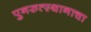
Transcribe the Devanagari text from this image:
पुनरुत्स्थानाचा